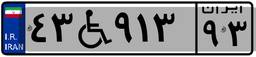
۴۳W۹۱۳۹۳